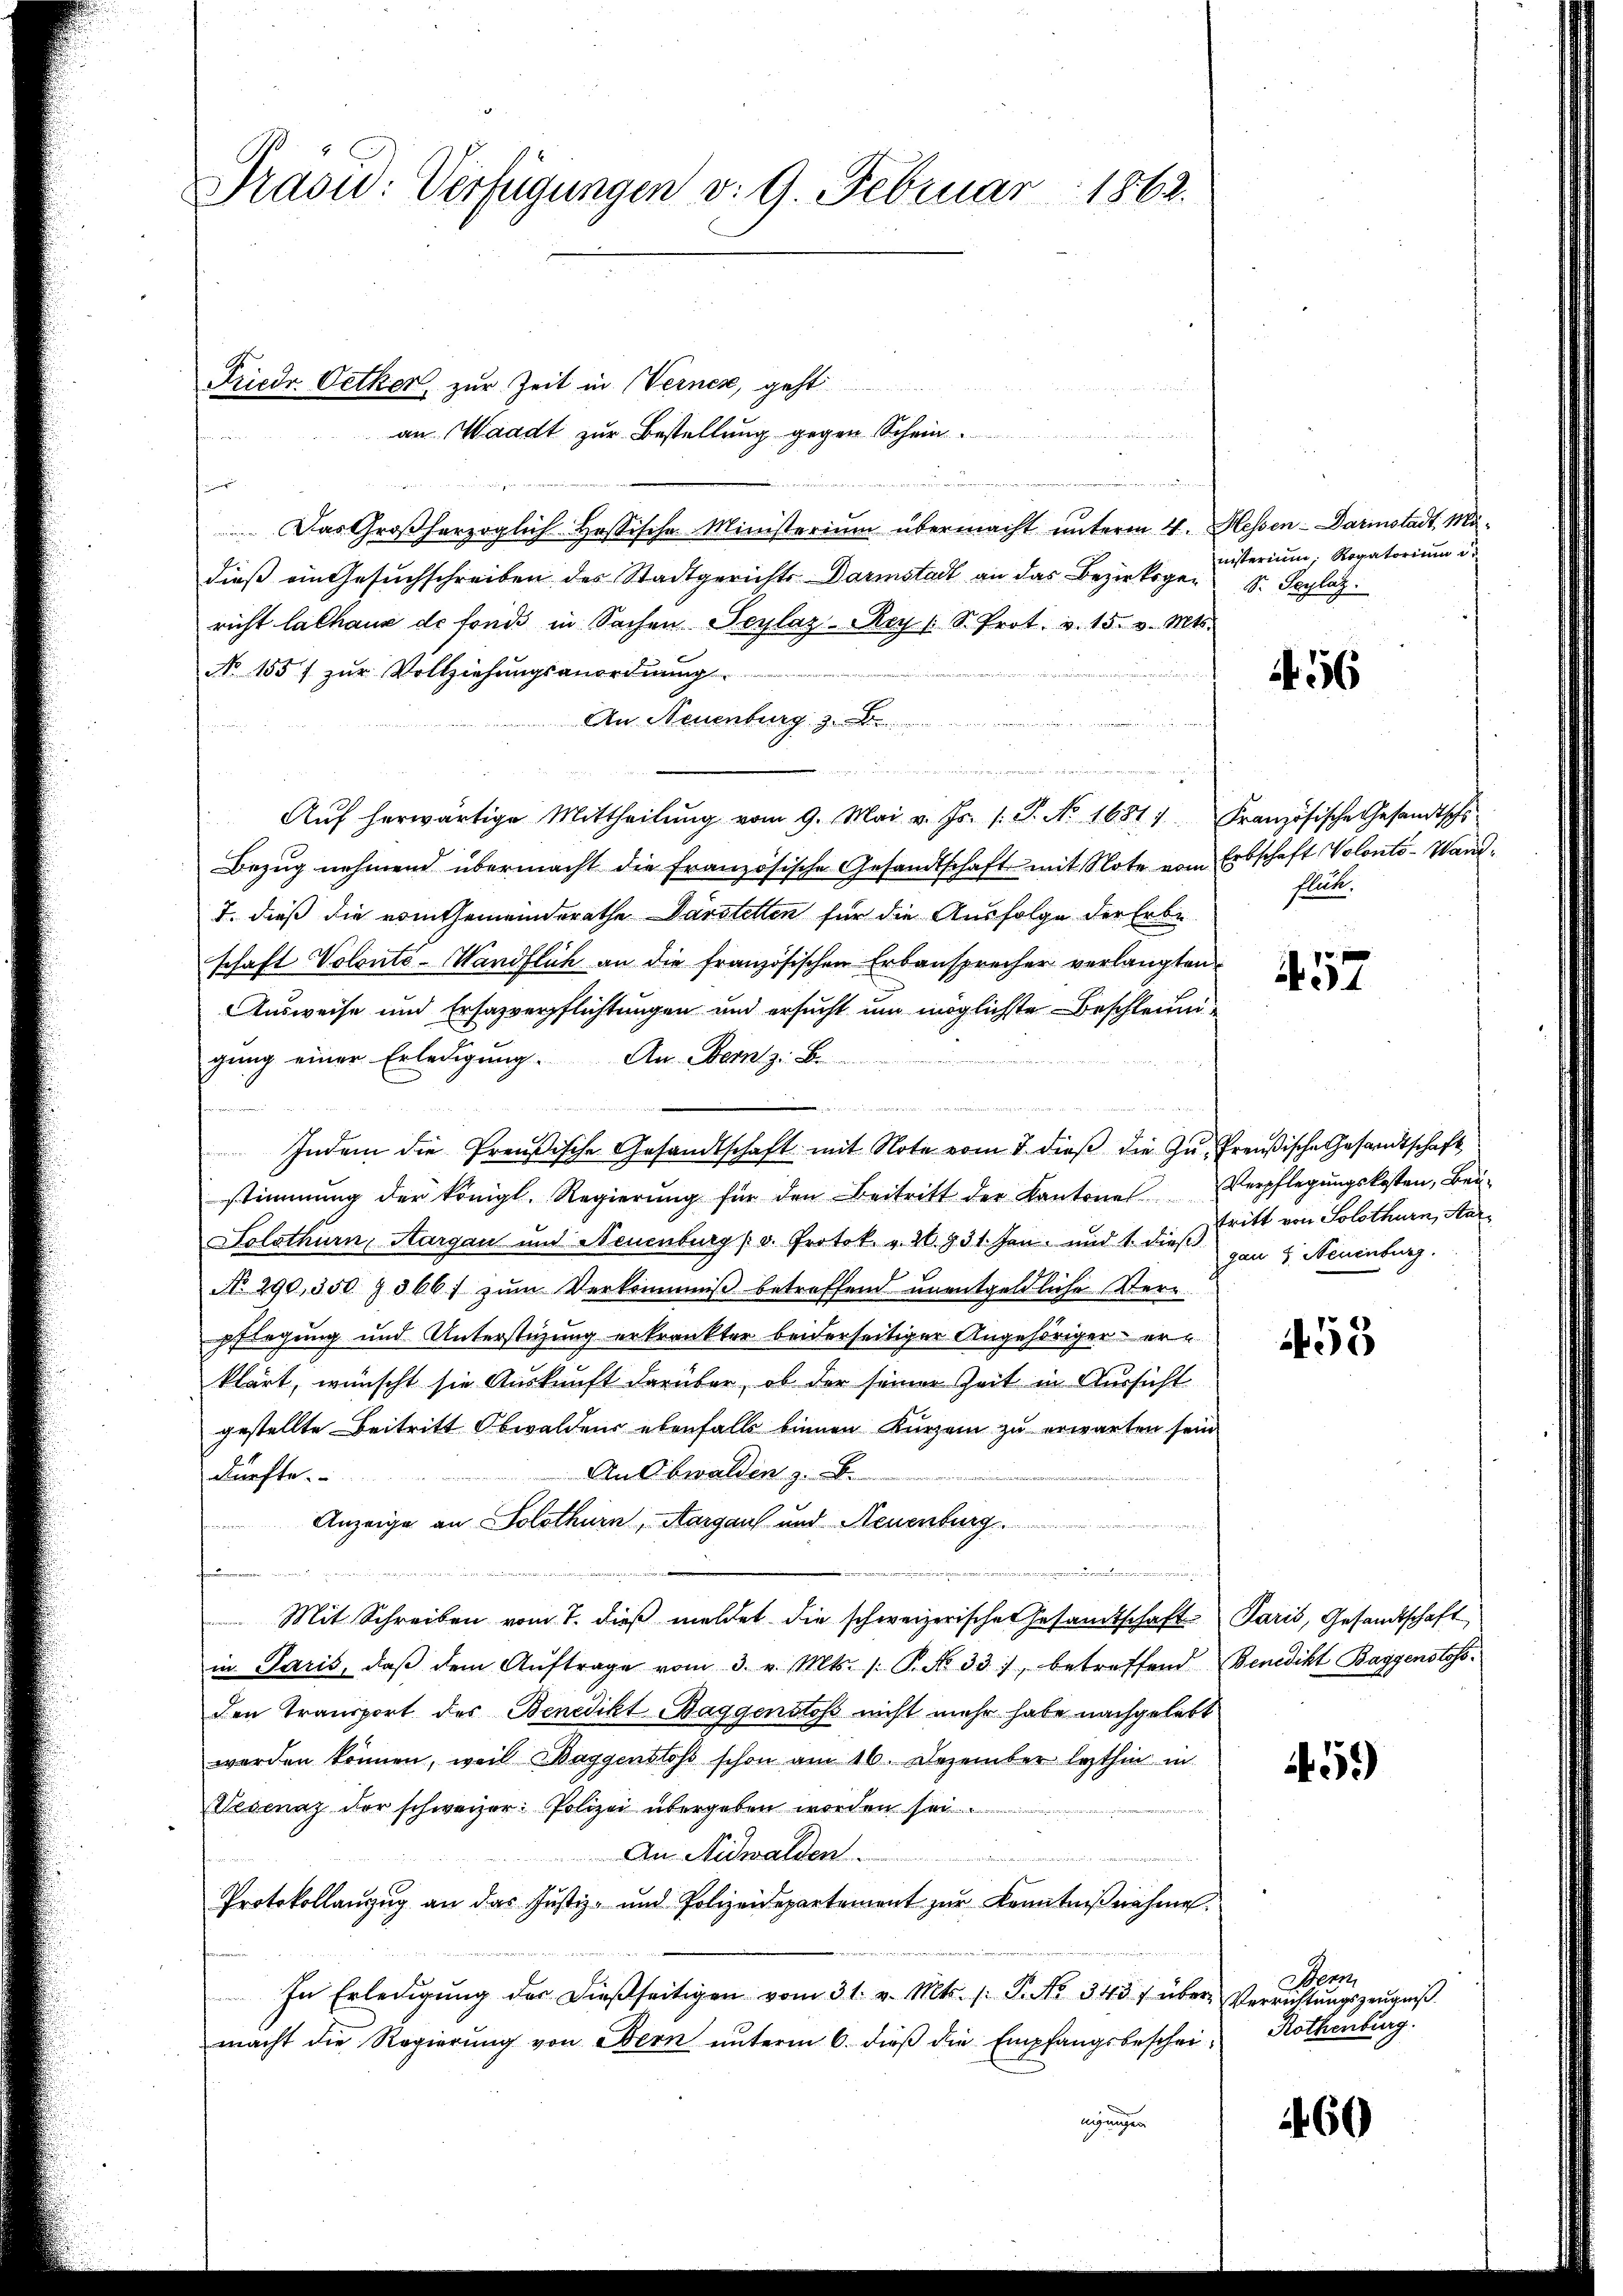
Präsid: Verfügungen v. 9. Februar 1862.

Friedr. Oetker, zur Zeit in Vernen, geht
an Waadt zur Bestellung gegen Schein

Das Großherzoglich-Hosische Ministerium übermacht unterm 4. Hessen - Darmstadt, Madieß ein Gesuchschreiben des Stadtgerichts Darmstadt an das Bezirksger S. Seplatz.
richt lathaue de fonds in Sachen Seylaz-Rey /: S. Prot. v. 15. v. Mts.
No 1557 zur Vollziehungsanordnung
An Neuenburg
Aŭf herwärtige Mittheilŭng vom 9. Mai v. Js. s. S. No. 1681). Französische Gesandtschi-
Bezug nehmend übermacht die französische Gesandtschaft mit Note vom Erbschaft Volonto- Wand¬
7. dieß die vom Gemeinderathe Darstellen für die Ausfolge der Erbe
schaft Volonté-Wandflich an die französischen Erbansprecher verlangten
Ausweise und Ersazverpflichtungen und ersucht um möglichste Beschleuni
gung einer Erledigung. An Herz
Indem die Preußische Gesandtschaft mit Note vom 3. dieβ die Zŭ- Preußische Gesandtschaft
stimmung der königl. Regierŭng für den Beitritt der Kantone.
Solothurn, Aargau und Neuenburg (v. Protok. v. 26. 931. Jan. und 1. dieß gan 4 Neuenburg
No. 290, 350 § 366/ zŭm Verkommniß betreffend unentgeldliche Stern
pflegung und Unterstüzung erkrankter beiderseitiger Angehöriger erklärt, wünscht sie Auskunft darüber, ob der seiner Zeit in Aussicht
gestellte Beitritt Obwaldens ebenfalls binnen Kurzem zu erwarten sein
An Obwalden z. B.
dürfte.
Anzeige an Solothurn, Aargau und Neuenburg

Mit Schreiben vom 7. dieß meldet die schweizerische Gesamtschaft Paris, Gesandtschaft
in Paris, daβ dem Aŭftrage vom 3. v. Mts. 1. P. No 33), betreffend Benedikt Baggenstoss
den Transport des Benedikt Baggenstoß nicht mehr habe nachgelebt
werden können, weil Waggenslos schon am 16. Dezember lezthin in
Vescnaz der schweizer: Polizei übergeben worden sei
An Nidwalden.
m
Protokollanzug an das Justiz- und Polizeidepartement zur Kenntniβnahme.
In Erledigŭng der dießseitigen vom 31. v. Mts. f. P. Nr. 343 f über Verrichtŭngszeŭgniβ
macht die Regierŭng von Bern ŭnterm 6. dieβ die Empfangsbeschei-
nigungen

inisterium, Rogatorium d.

1456

flück.

57

Verpflegungskosten, Beitritt von Solothurn, Aar¬

453

459)

er
Rothenburg.

460